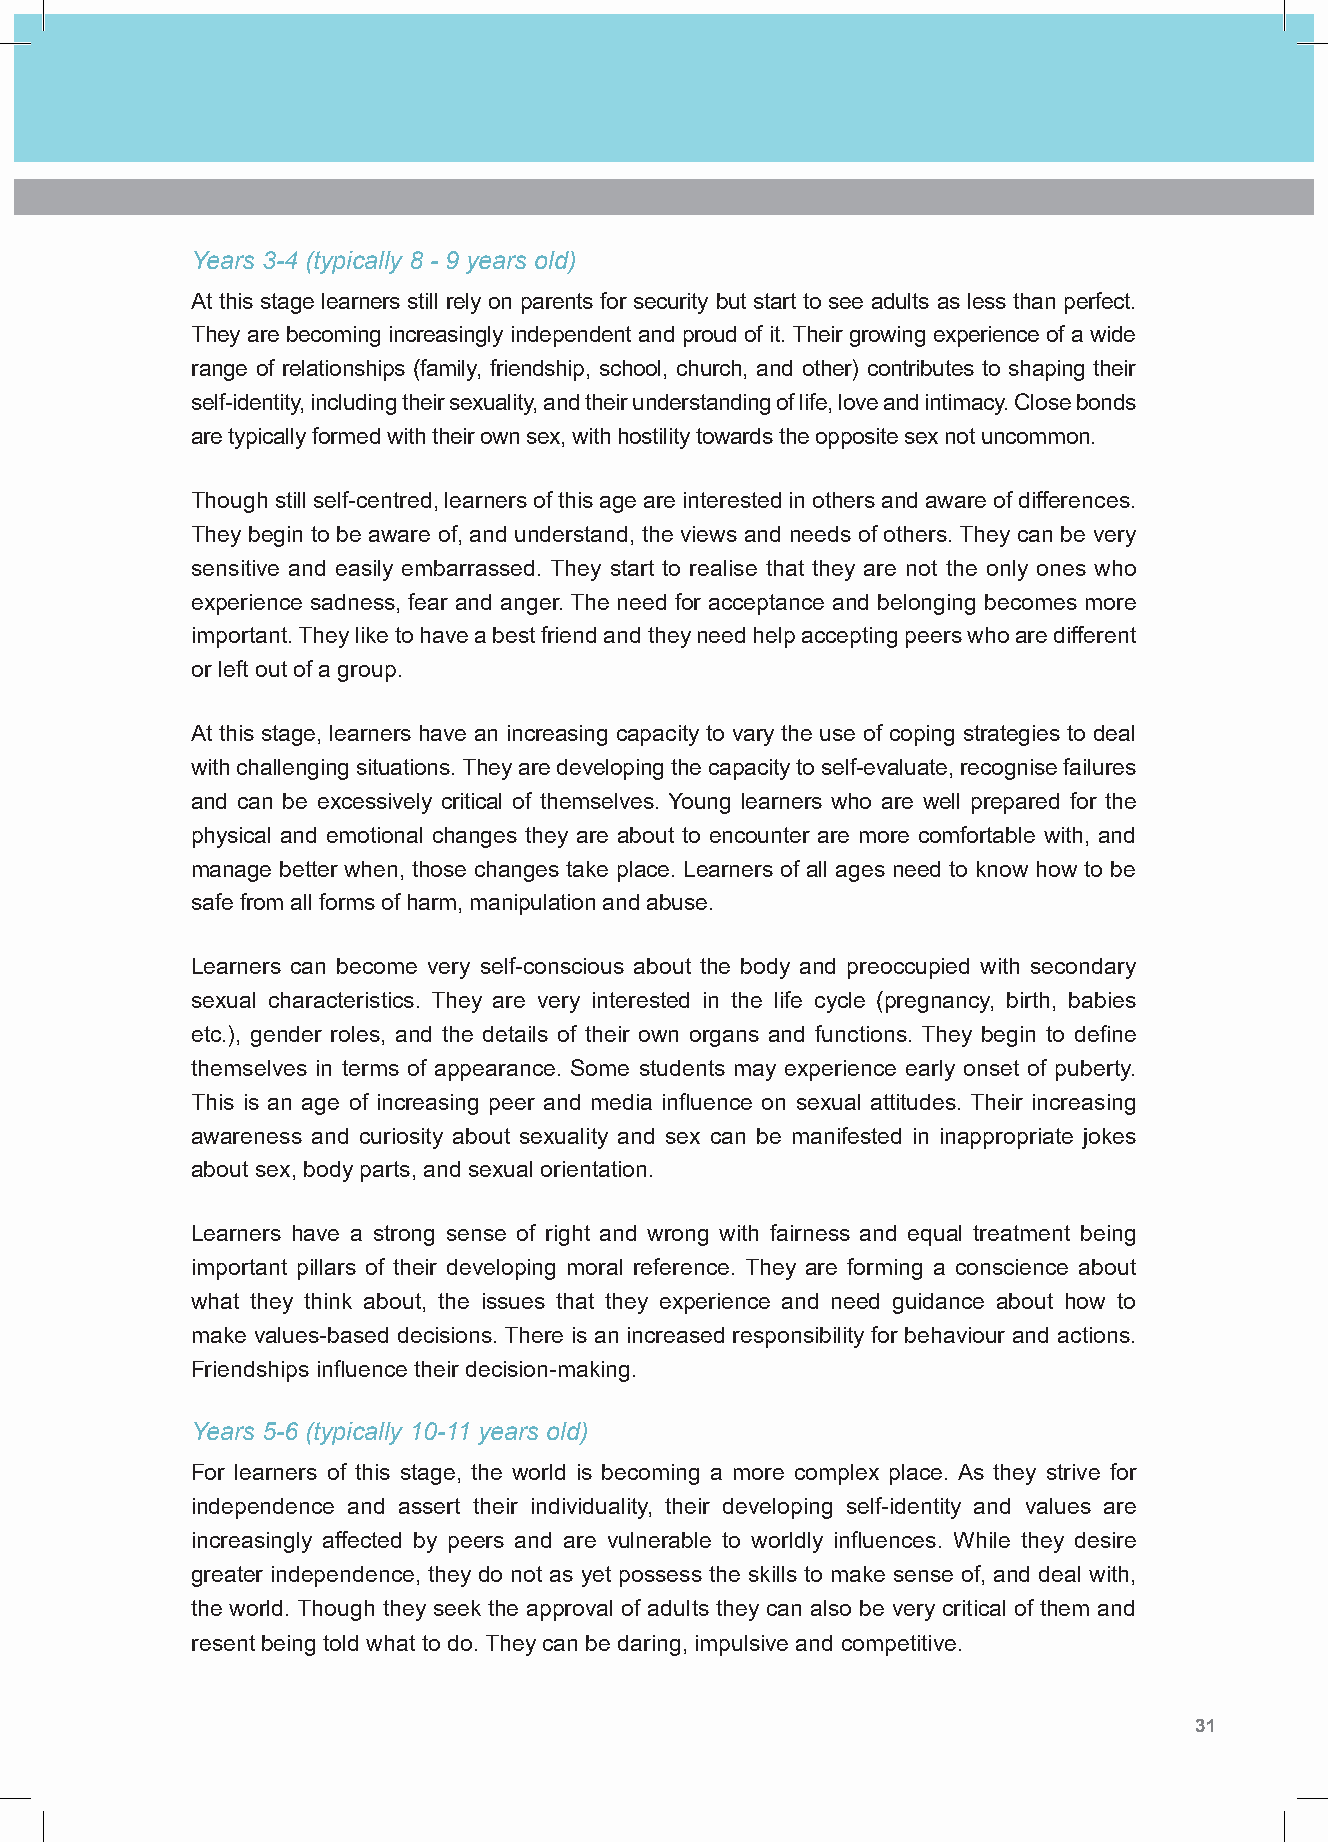
Years 3-4 (typically 8 - 9 years old)
 At this stage learners still rely on parents for security but start to see adults as less than perfect.
 They are becoming increasingly independent and proud of it. Their growing experience of a wide
 range of relationships (family, friendship, school, church, and other) contributes to shaping their
 self-identity, including their sexuality, and their understanding of life, love and intimacy. Close bonds
 are typically formed with their own sex, with hostility towards the opposite sex not uncommon.
 Though still self-centred, learners of this age are interested in others and aware of differences.
 They begin to be aware of, and understand, the views and needs of others. They can be very
 sensitive and easily embarrassed. They start to realise that they are not the only ones who
 experience sadness, fear and anger. The need for acceptance and belonging becomes more
 important. They like to have a best friend and they need help accepting peers who are different
 or left out of a group.
 At this stage, learners have an increasing capacity to vary the use of coping strategies to deal
 with challenging situations. They are developing the capacity to self-evaluate, recognise failures
 and can be excessively critical of themselves. Young learners who are well prepared for the
 physical and emotional changes they are about to encounter are more comfortable with, and
 manage better when, those changes take place. Learners of all ages need to know how to be
 safe from all forms of harm, manipulation and abuse.
 Learners can become very self-conscious about the body and preoccupied with secondary
 sexual characteristics. They are very interested in the life cycle (pregnancy, birth, babies
 etc.), gender roles, and the details of their own organs and functions. They begin to define
 themselves in terms of appearance. Some students may experience early onset of puberty.
 This is an age of increasing peer and media influence on sexual attitudes. Their increasing
 awareness and curiosity about sexuality and sex can be manifested in inappropriate jokes
 about sex, body parts, and sexual orientation.
 Learners have a strong sense of right and wrong with fairness and equal treatment being
 important pillars of their developing moral reference. They are forming a conscience about
 what they think about, the issues that they experience and need guidance about how to
 make values-based decisions. There is an increased responsibility for behaviour and actions.
 Friendships influence their decision-making.
 Years 5-6 (typically 10-11 years old)
 For learners of this stage, the world is becoming a more complex place. As they strive for
 independence and assert their individuality, their developing self-identity and values are
 increasingly affected by peers and are vulnerable to worldly influences. While they desire
 greater independence, they do not as yet possess the skills to make sense of, and deal with,
 the world. Though they seek the approval of adults they can also be very critical of them and
 resent being told what to do. They can be daring, impulsive and competitive.
 30 Shape Paper - A Catholic Perspective on Relationships and Sexuality Education - Australian Curriculum: Health and Physical Education 31